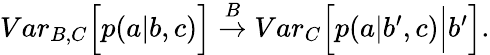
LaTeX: \begin{array}{r}{{Var}_{B,C}\Big[p(a|b,c)\Big]\stackrel{B}{\rightarrow}{Var}_{C}\Big[p(a|b^{\prime},c)\Big|b^{\prime}\Big].}\end{array}